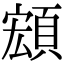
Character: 𩓘